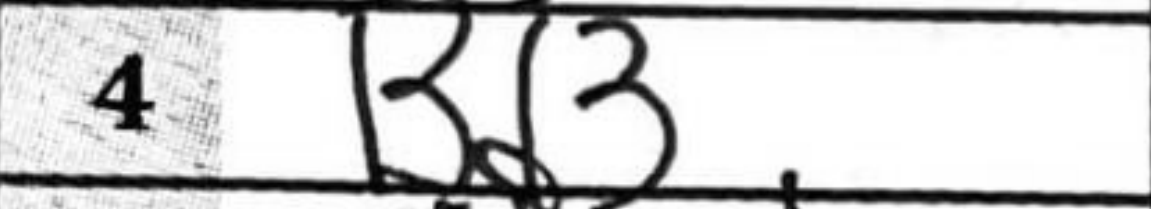
Transcription: Bd3